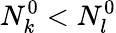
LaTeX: N_{k}^{0}<N_{l}^{0}